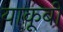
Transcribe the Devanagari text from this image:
याकूबी